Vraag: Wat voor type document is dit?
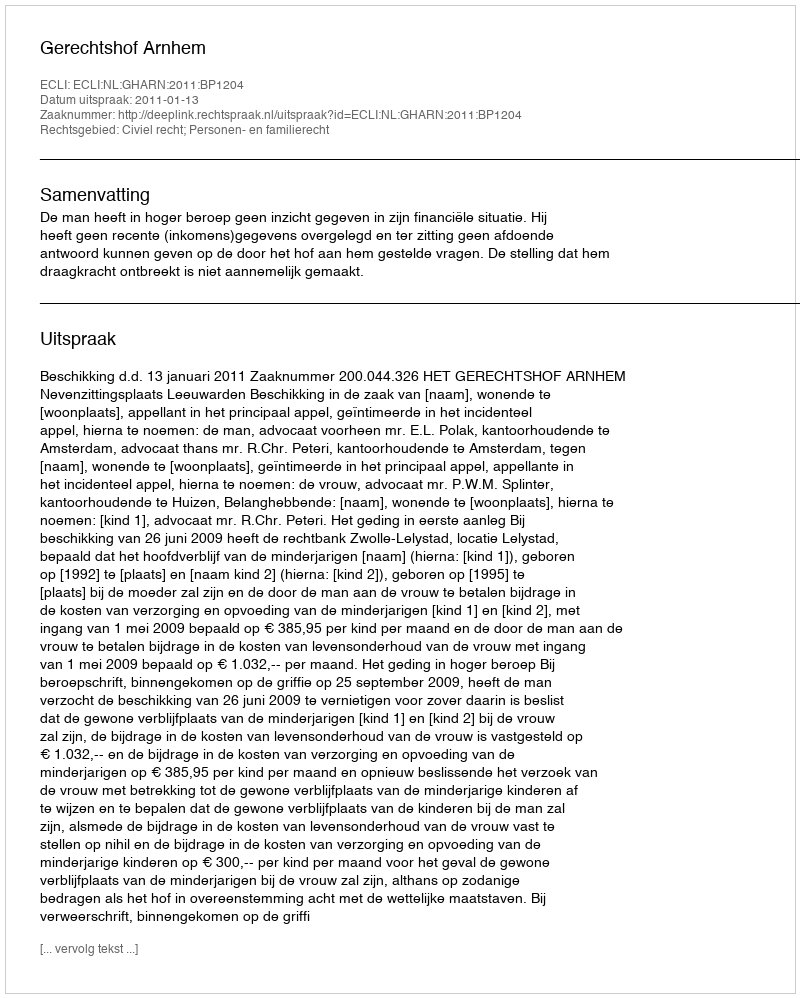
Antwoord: Uitspraak